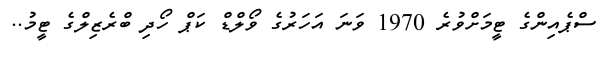
ސްޕެއިންގެ ޓީމަށްވުރެ 1970 ވަނަ އަހަރުގެ ވޯލްޑް ކަޕް ހޯދި ބްރެޒިލްގެ ޓީމު..